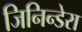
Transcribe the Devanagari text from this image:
जिनिन्डेरा